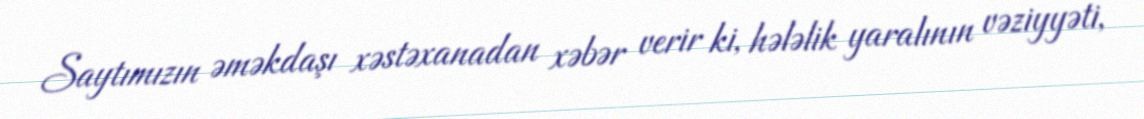
Saytımızın əməkdaşı xəstəxanadan xəbər verir ki, hələlik yaralının vəziyyəti,